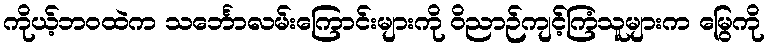
ကိုယ့်ဘဝထဲက သင်္ဘောလမ်းကြောင်းများကို ဝိညာဉ်ကျင့်ကြံသူများက မြွေကို